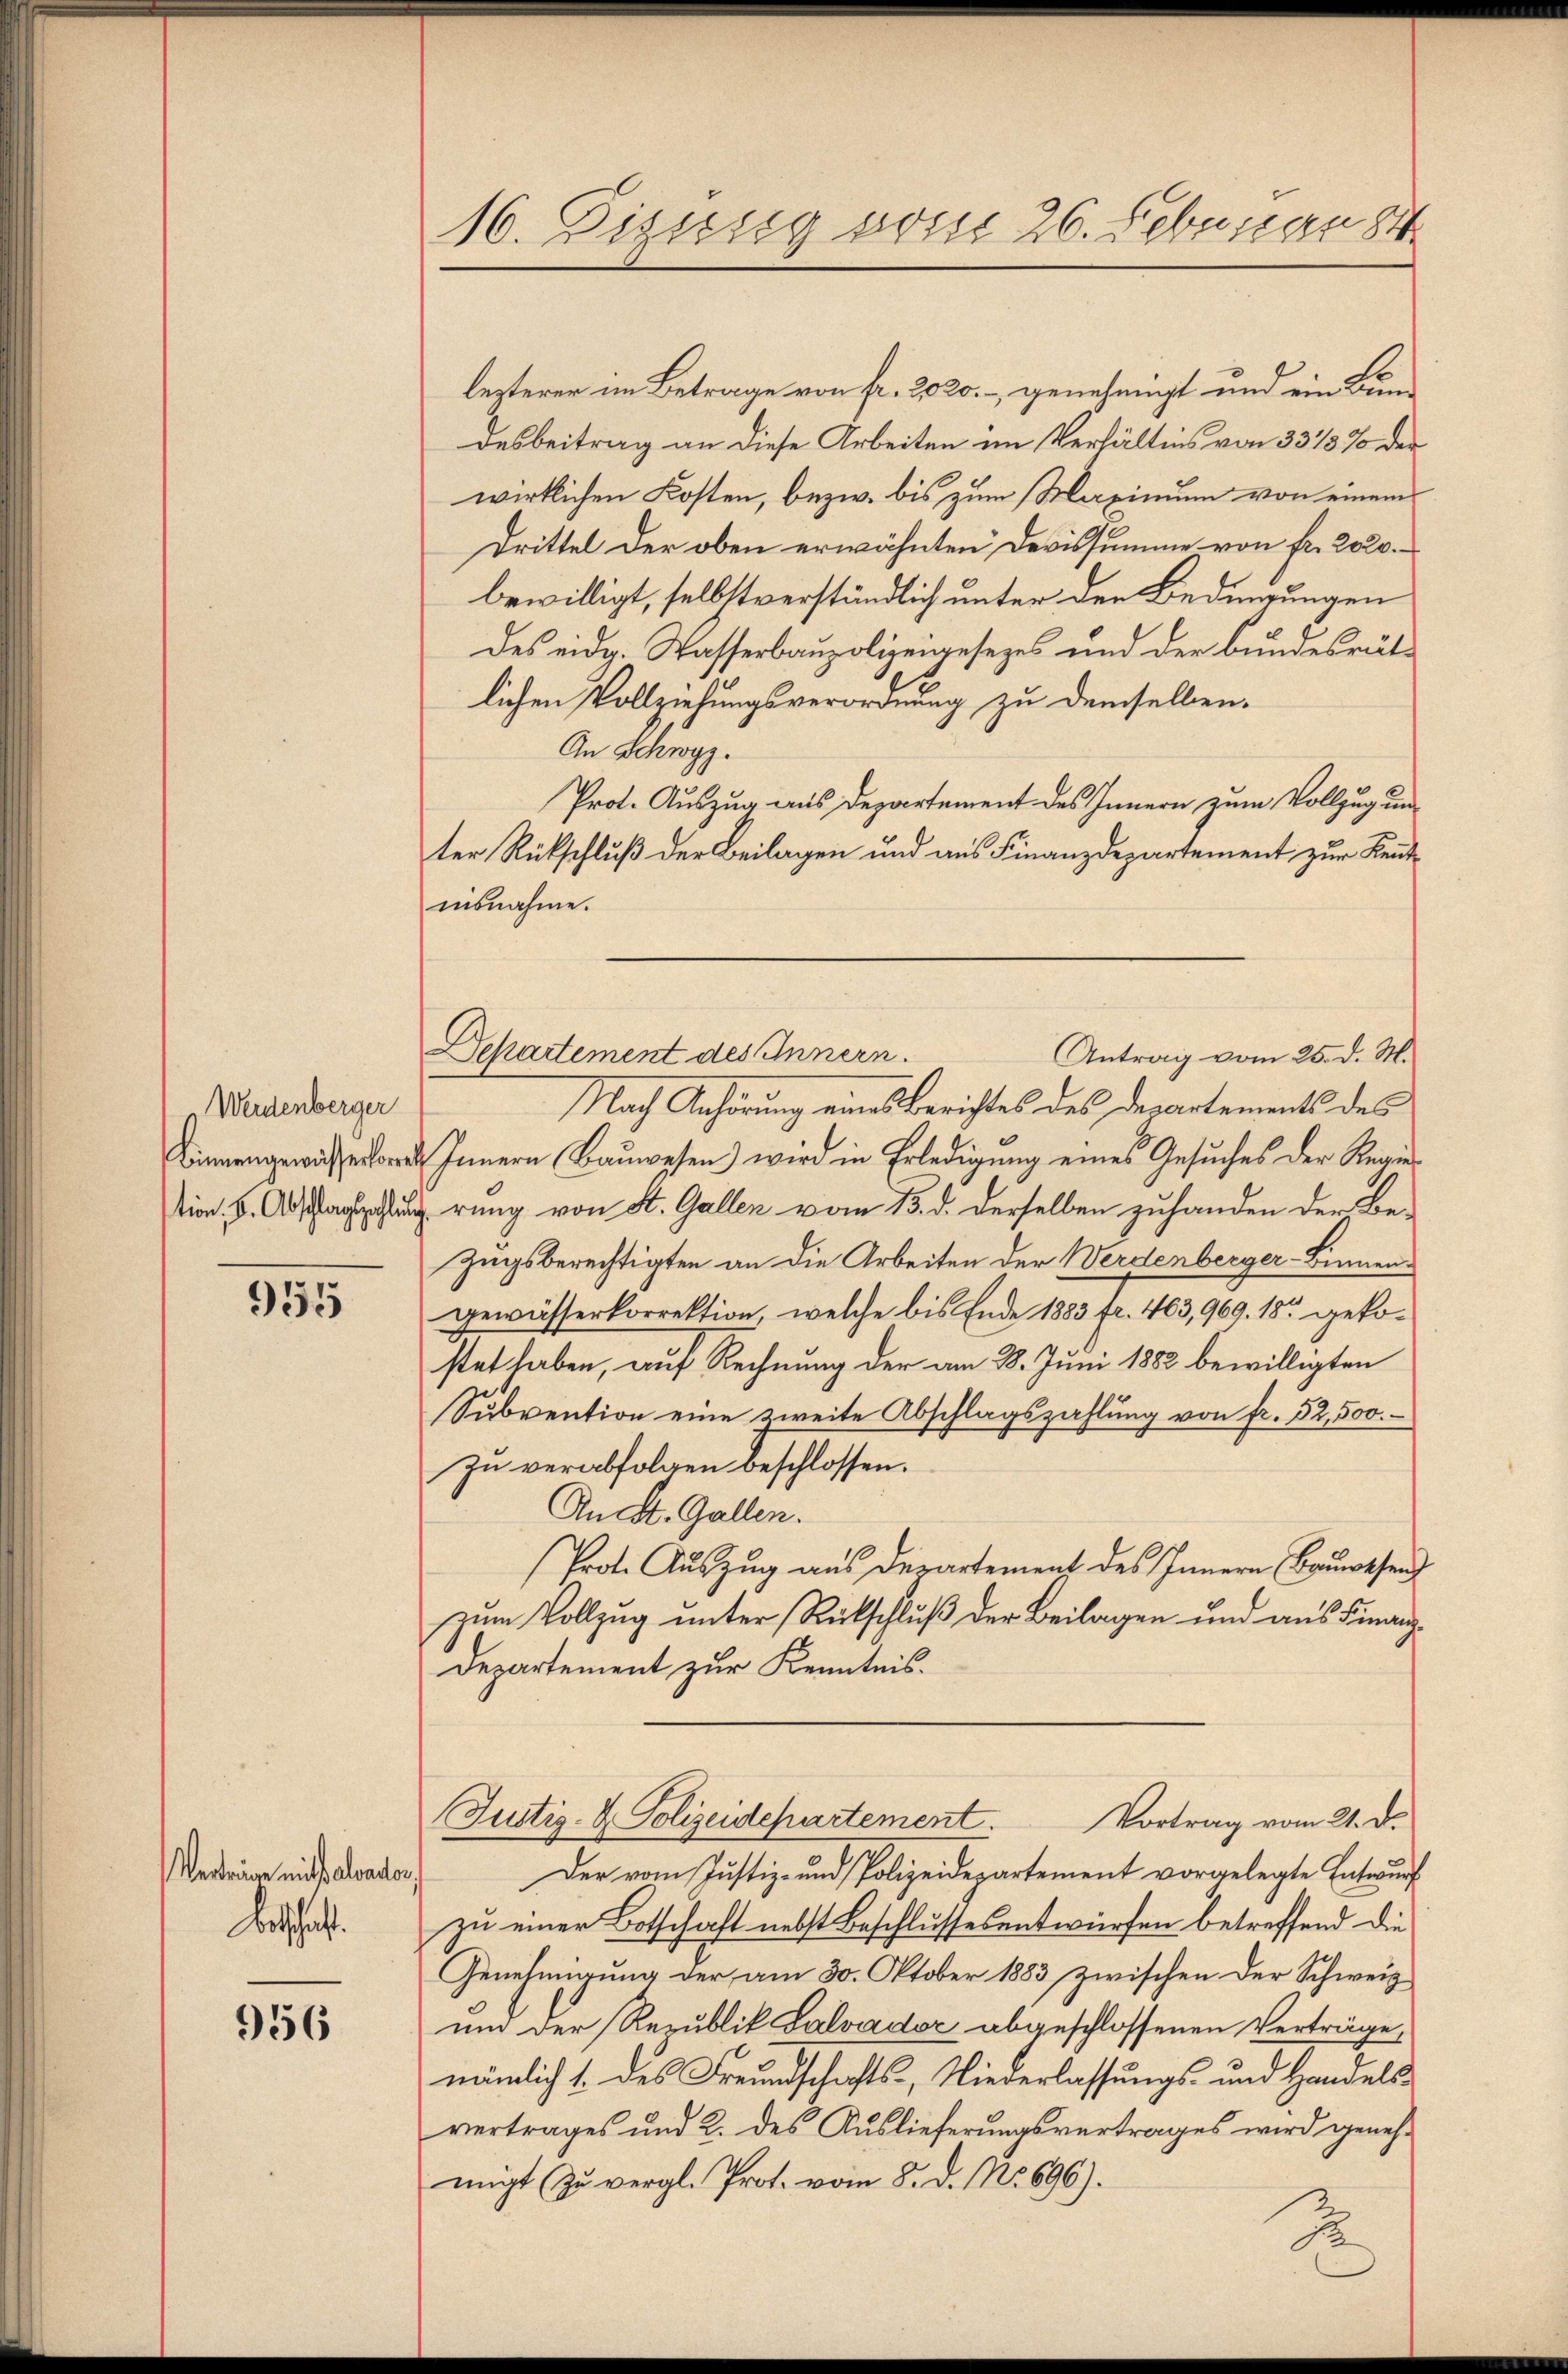
Werdenberger
Binnengewässerkorre
tion, 5. Abschlagszahlun

955

Verträge nicht alvador
Botschaft.

956

16. Dizung vom 26. Februar 84

lezterer im Betrage von fr. 2020.- genehmigt und ein Bundesbeitrag an diese Arbeiten im Verhältnis von 3315% der
wirklichen Kosten, bezw. bis zum Maximum von einem
Drittel der oben erwähnten Devissumme von fr. 2020.
bewilligt, selbst verständlich unter den Bedingungen
des eidg. Wasserbaupolizengesezes und der Bundesrät
lichen Vollziehungsverordnung zu demselben.
An Schwyz.
Prot. Auszug aus Departement des Innern zum Vollzug un
ter Rückschluß der Beilagen und aus Finanzdepartement zur Kenntinsnahme.
Nach Anhörung eines Berichtes des Departements des
Innern Bauwesen) wird in Erledigung eines Gesuches der Regierung von St. Gallen vom 13. d. derselben zuhanden der Be-
Zugsberechtigten an die Arbeiten der Werdenberger-Binnengewässerkorrektion, welche bis Ende 1883 fr. 403,969. 18 gekostet haben, auf Rechnung der am 8. Juni 1882 bewilligten
Subvention eine zweite Abschlagszahlung von fr. 52,500.
zu verabfolgen beschlossen.
An St. Gallen.
Prot. Auszug aus Departement des Innern Bauwesend
zum Vollzug unter Rückschluß der Beilagen und aus Finanz¬
Departement zur Kenntnis.
Justiz- & Polizeidepartement.
Vortrag vom 21. d.
Der vom Justiz- und Polizeidepartement vorgelegte Entwurf
zu einer Botschaft nebst Beschlussesentwürfen betreffend die
Genehmigung der am 30. Oktober 1883 zwischen der Schweiz
um der Republik Salvador abgeschlossenen Verträge,
nämlich 1. des Freundschafts-, Niederlassungs- und Handelsvertrages und 2. des Auslieferungsvertrages wird genehmigt (zu vergl. Prot. vom 8. d. No. 696).

Departement des Innern.
Antrag vom 25. d. M.

S